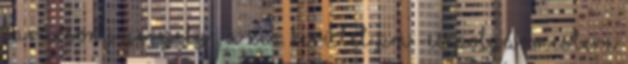
Karácsony Gergely , a XIV. kerület PM -es polgármestere